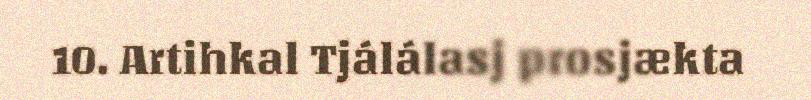
10. Artihkal Tjálálasj prosjækta